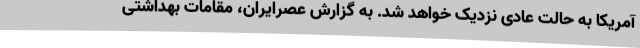
آمریکا به حالت عادی نزدیک خواهد شد. به گزارش عصرایران، مقامات بهداشتی